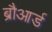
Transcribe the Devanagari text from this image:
ब्रौआर्ड